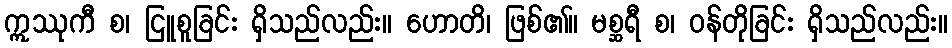
ဣဿုကီ စ၊ ငြူစူခြင်း ရှိသည်လည်း။ ဟောတိ၊ ဖြစ်၏။ မစ္ဆရီ စ၊ ဝန်တိုခြင်း ရှိသည်လည်း။